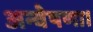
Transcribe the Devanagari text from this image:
अन्वेषणा।